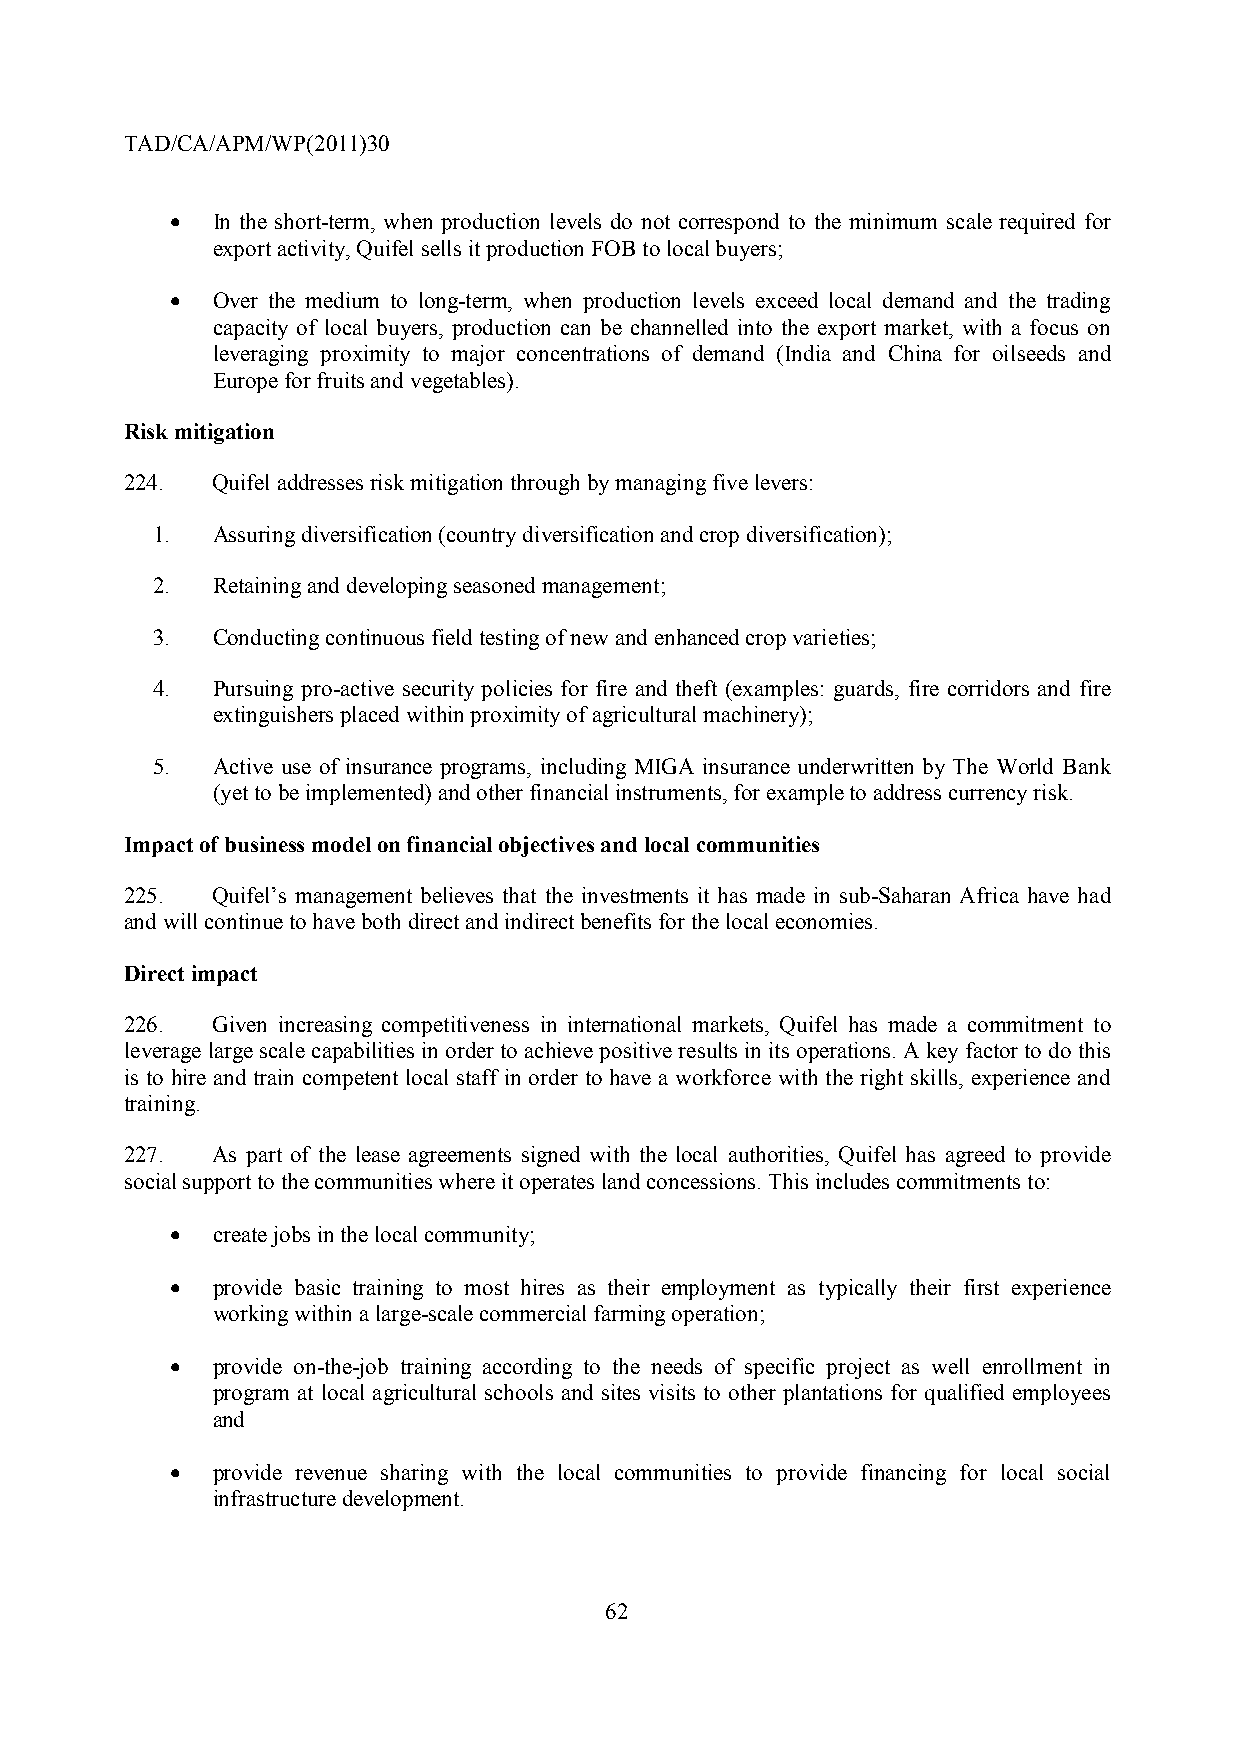
TAD/CA/APM/WP(2011)30
 •  In the short-term, when production levels do not correspond to the minimum scale required for
 export activity, Quifel sells it production FOB to local buyers;
 •  Over the medium to long-term, when production levels exceed local demand and the trading
 capacity of local buyers, production can be channelled into the export market, with a focus on
 leveraging proximity to major concentrations of demand (India and China for oilseeds and
 Europe for fruits and vegetables).
 Risk mitigation
 224.  Quifel addresses risk mitigation through by managing five levers:
 1.  Assuring diversification (country diversification and crop diversification);
 2.  Retaining and developing seasoned management;
 3.  Conducting continuous field testing of new and enhanced crop varieties;
 4.  Pursuing pro-active security policies for fire and theft (examples: guards, fire corridors and fire
 extinguishers placed within proximity of agricultural machinery);
 5.  Active use of insurance programs, including MIGA insurance underwritten by The World Bank
 (yet to be implemented) and other financial instruments, for example to address currency risk.
 Impact of business model on financial objectives and local communities
 225.  Quifel’s management believes that the investments it has made in sub-Saharan Africa have had
 and will continue to have both direct and indirect benefits for the local economies.
 Direct impact
 226.  Given increasing competitiveness in international markets, Quifel has made a commitment to
 leverage large scale capabilities in order to achieve positive results in its operations. A key factor to do this
 is to hire and train competent local staff in order to have a workforce with the right skills, experience and
 training.
 227.  As part of the lease agreements signed with the local authorities, Quifel has agreed to provide
 social support to the communities where it operates land concessions. This includes commitments to:
 •  create jobs in the local community;
 •  provide basic training to most hires as their employment as typically their first experience
 working within a large-scale commercial farming operation;
 •  provide on-the-job training according to the needs of specific project as well enrollment in
 program at local agricultural schools and sites visits to other plantations for qualified employees
 and
 •  provide revenue sharing with the local communities to provide financing for local social
 infrastructure development.
 62